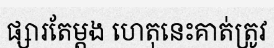
ផ្សារតែម្តង ហេតុនេះគាត់ត្រូវ